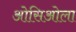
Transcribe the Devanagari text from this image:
ओसिओला